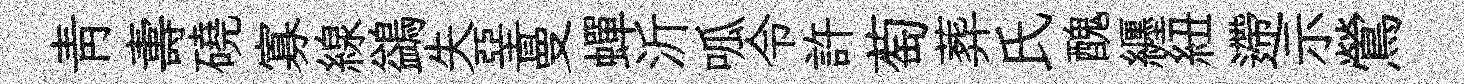
靑夀磽寡線鷁失堊曼蟬沂呱令許萄葬氏醜纒紐遰示鶯